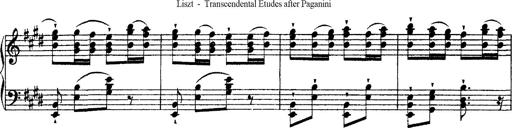
Title: Ã‰tudes d'exÃ©cution transcendante d'aprÃ¨s Paganini
Composer: Franz Liszt